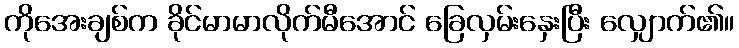
ကိုအေးချစ်က ခိုင်မာမာလိုက်မီအောင် ခြေလှမ်းနှေးပြီး လျှောက်၏။